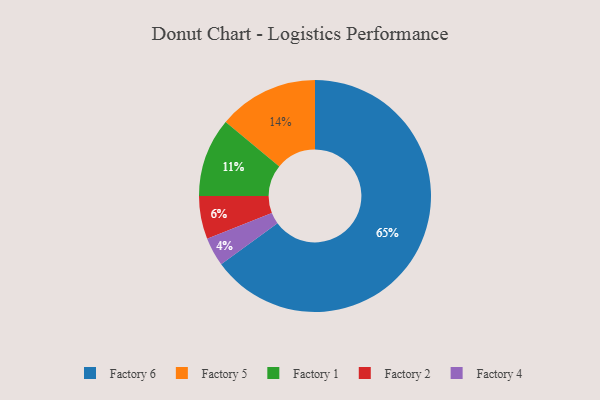
{"axis": {"x": "Category", "y": "Percentage"}, "legend": ["Factory 1", "Factory 2", "Factory 4", "Factory 5", "Factory 6"], "data": [{"x": "Factory 2", "y": 6, "type": "Factory 2"}, {"x": "Factory 6", "y": 65, "type": "Factory 6"}, {"x": "Factory 4", "y": 4, "type": "Factory 4"}, {"x": "Factory 5", "y": 14, "type": "Factory 5"}, {"x": "Factory 1", "y": 11, "type": "Factory 1"}]}